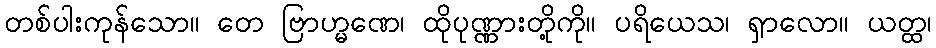
တစ်ပါးကုန်သော။ တေ ဗြာဟ္မဏေ၊ ထိုပုဏ္ဏားတို့ကို။ ပရိယေသ၊ ရှာလော။ ယတ္ထ၊